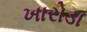
ખારોડા